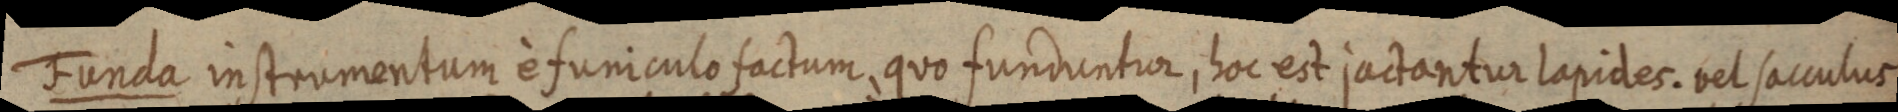
Funda instrumentum è funiculo factum, quo fundientior, hoc est jactantur lapides. vel sacculus